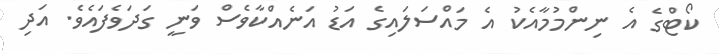
ކޯޓްގެ އެ ނިންމުމާއެކު އެ މައްސަލައިގެ އަޑު އަނެއްކާވެސް ވަނީ ގަދަވެފައެވެ. އަދި